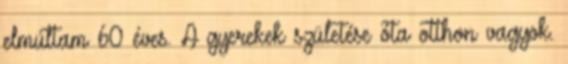
elmúltam 60 éves. A gyerekek születése óta otthon vagyok.